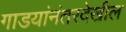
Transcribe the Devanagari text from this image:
गाडयांनंतरदेखील